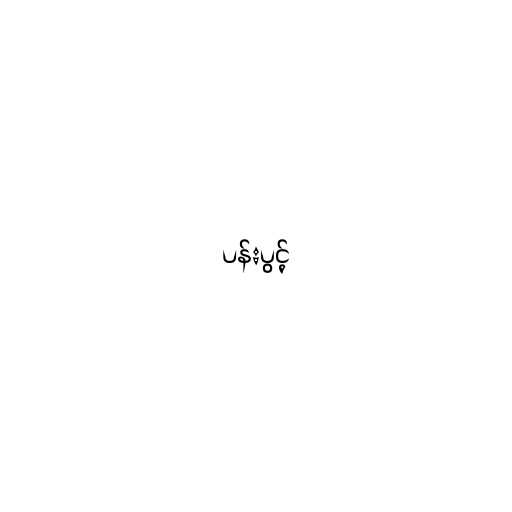
ပန်းပွင့်